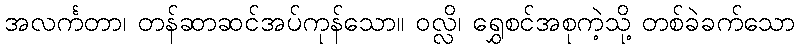
အလင်္ကတာ၊ တန်ဆာဆင်အပ်ကုန်သော။ ဝလ္လိ၊ ရွှေစင်အစုကဲ့သို့ တစ်ခဲခက်သော